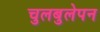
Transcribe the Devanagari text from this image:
चुलबुलेपन